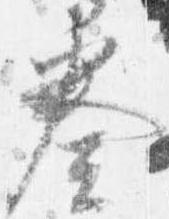
奏